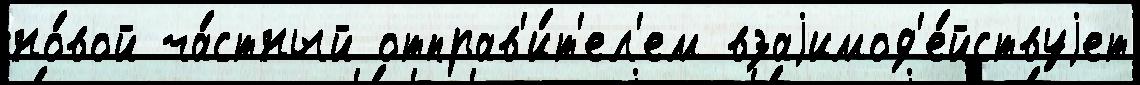
но́вой ча́стный отправ'и́т'ел'ем взаjимод'е́йствуjет